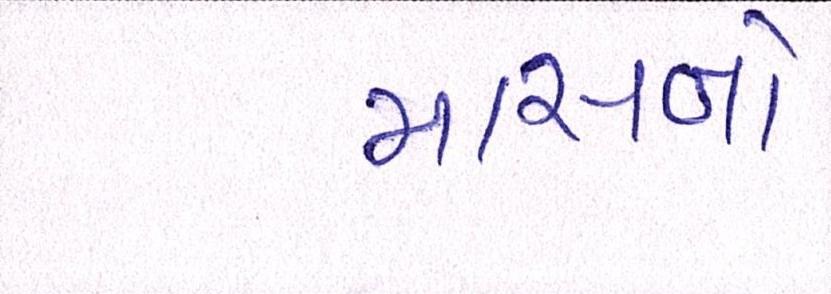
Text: માસનો